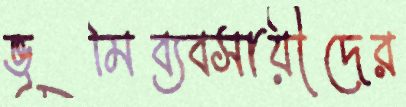
ভূমিব্যবসায়ীদের